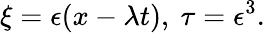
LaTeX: \xi=\epsilon(x-\lambda t),~\tau=\epsilon^{3}.